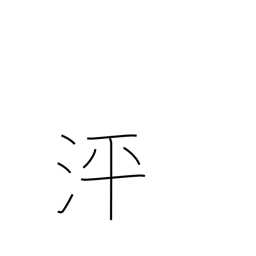
Meaning: surging water